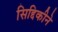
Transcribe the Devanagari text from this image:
सिद्दिकीने